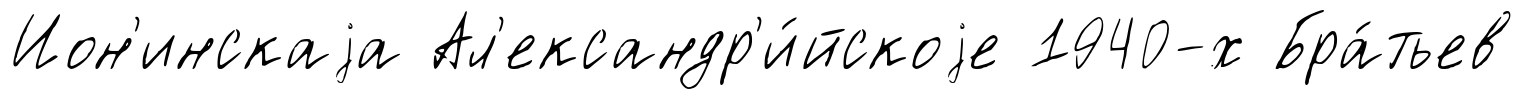
Ион'инскаjа Ал'ександр'и́йскоjе 1940-х Бра́тьев